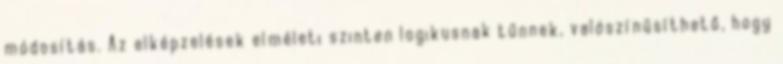
módosítás. Az elképzelések elméleti szinten logikusnak tűnnek, valószínűsíthető, hogy